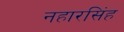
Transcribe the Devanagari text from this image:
नहारसिंह